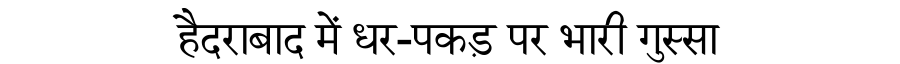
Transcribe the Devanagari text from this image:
हैदराबाद में धर-पकड़ पर भारी गुस्सा